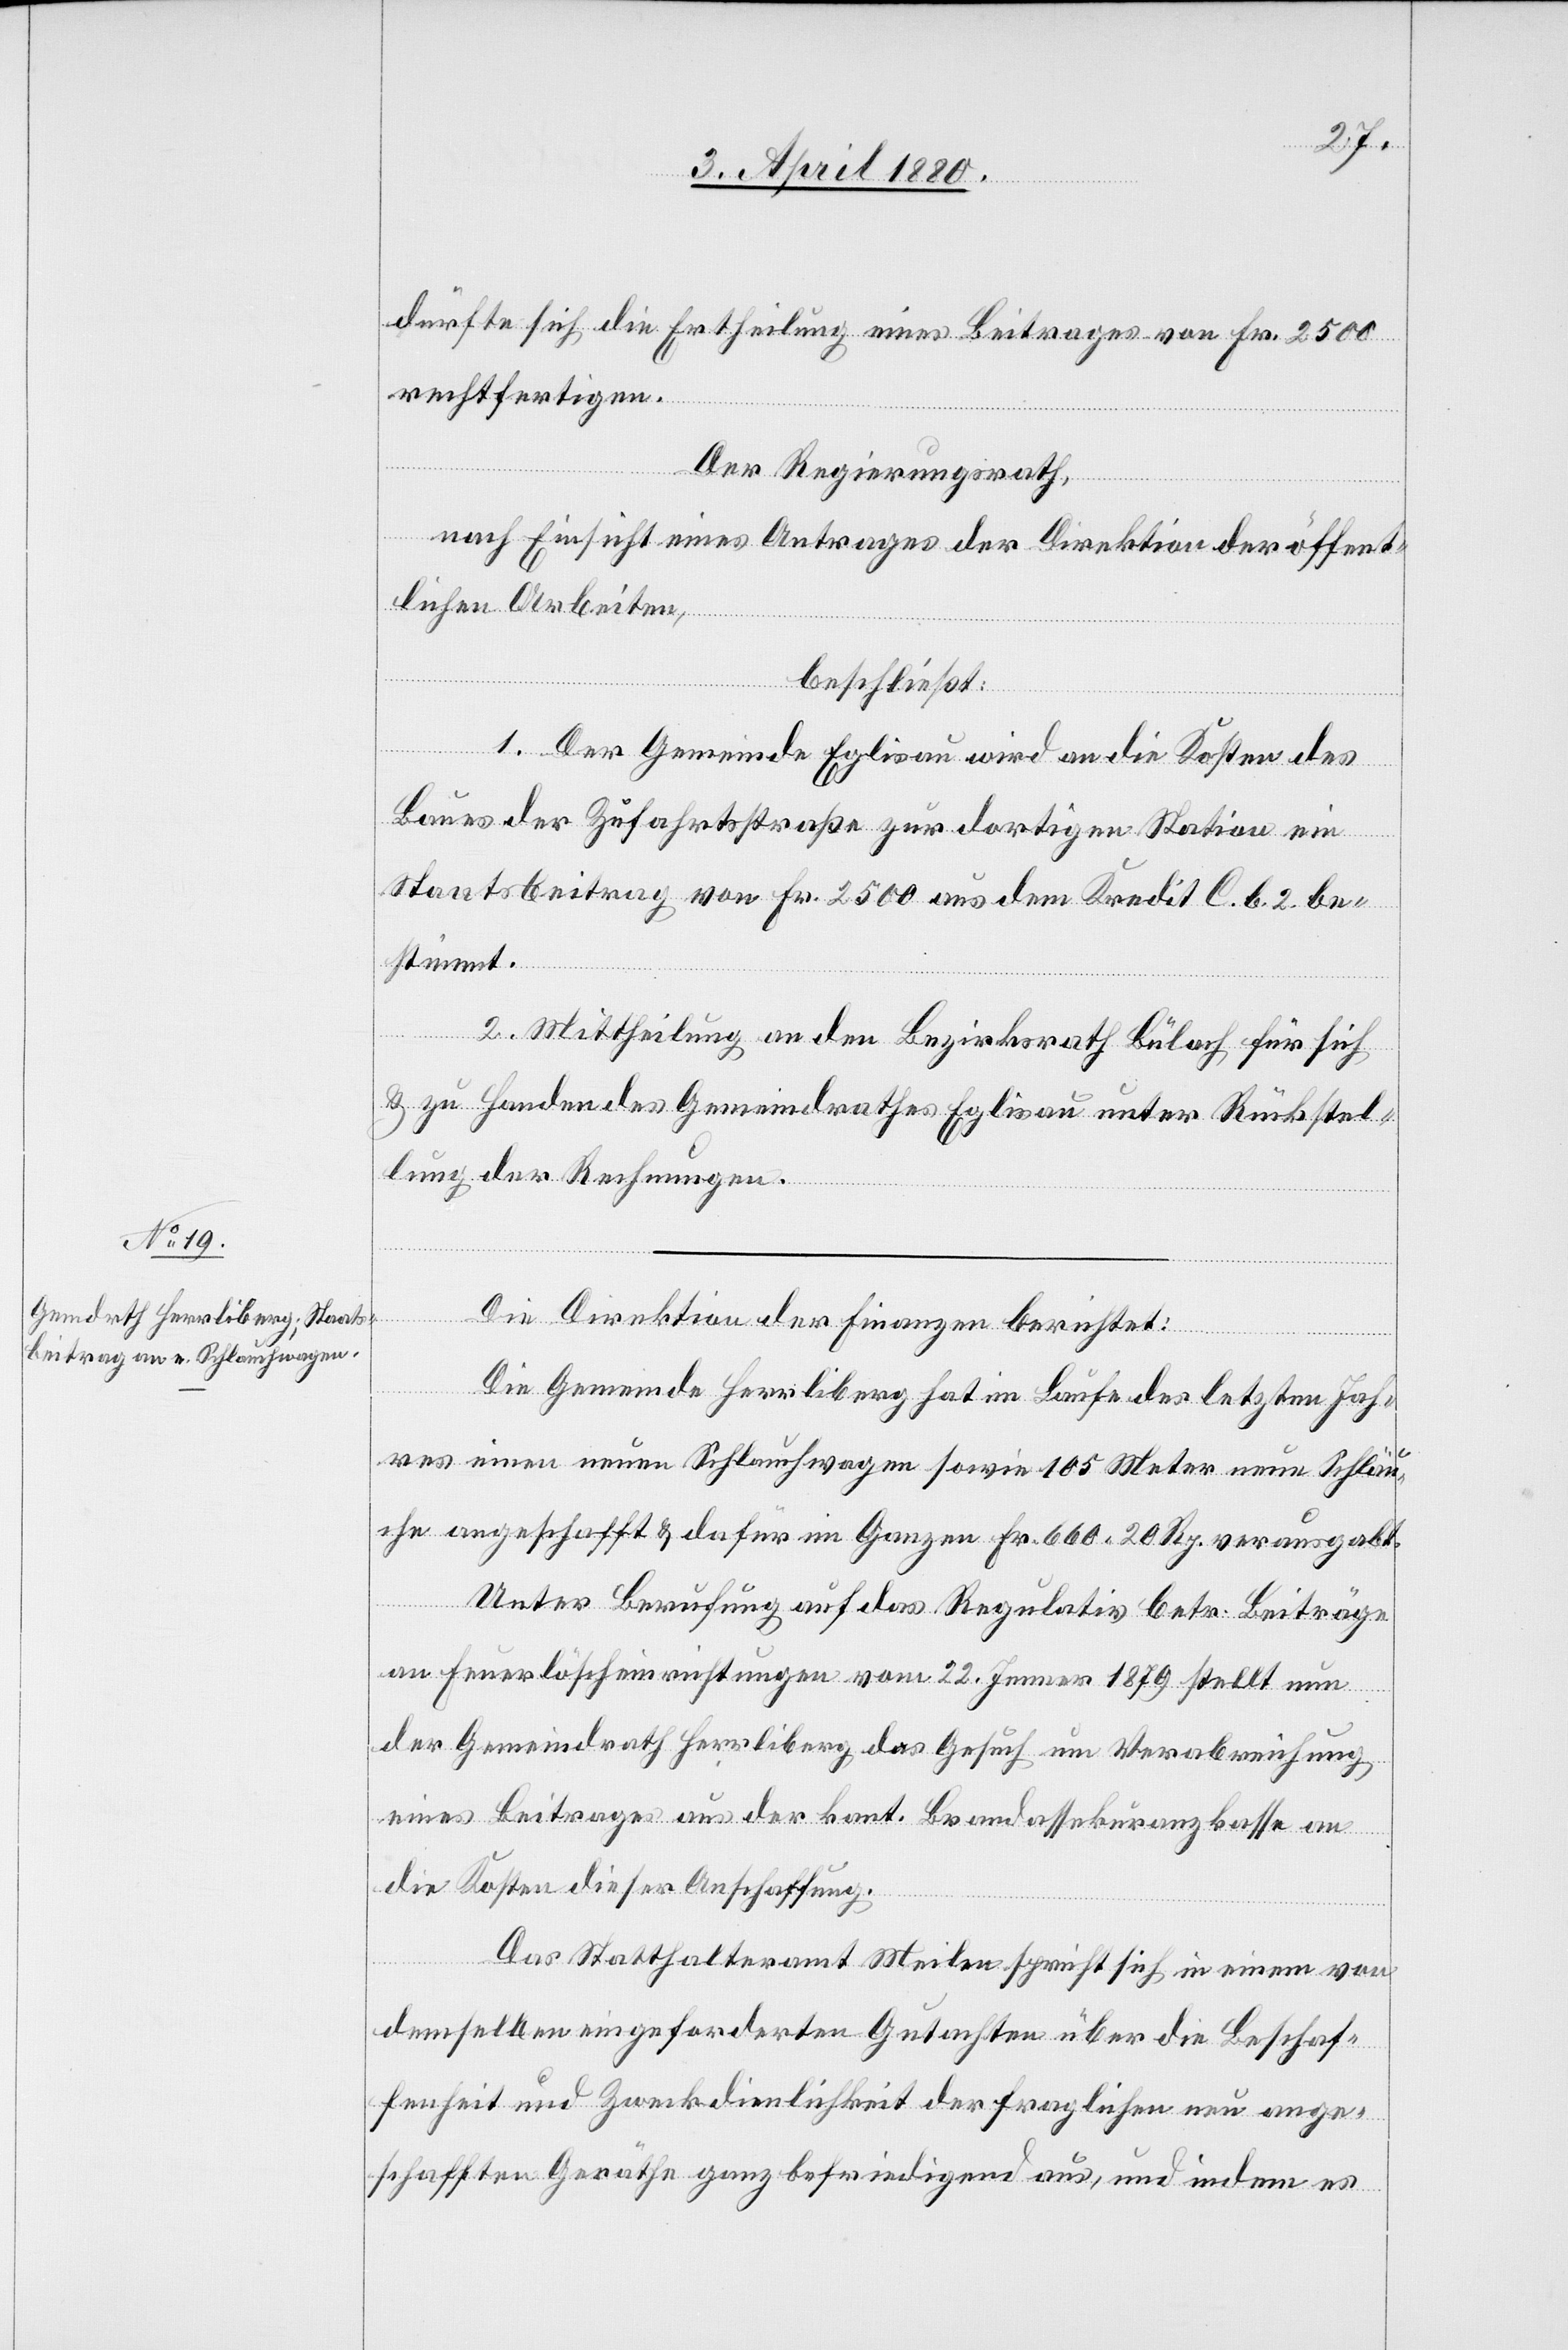
dürfte sich die Ertheilung eines Beitrages von Fr. 2500
rechtfertigen.
Der Regierungsrath;
nach Einsicht eines Antrages der Direktion der öffent¬
lichen Arbeiten,
beschließt:
1. Der Gemeinde Eglisau wird an die Kosten des
Baues der Zufahrtsstraße zur dortigen Station ein
Staatsbeitrag von Fr. 2500 aus dem Kredit C. b. 2. be¬
stimmt.
2. Mittheilung an den Bezirksrath Bülach, für sich
& zu Handen des Gemeindrathes Eglisau unter Rückstel¬
lung der Rechnungen.
Die Direktion der Finanzen berichtet:
Die Gemeinde Herrliberg hat im Laufe des letzten Jah¬
res einen neuen Schlauchwagen sowie 105 Meter neue Schläu¬
che angeschafft & dafür im Ganzen Fr. 600 20 Rp. verausgabt.
Unter Berufung auf das Regulativ betr. Beiträge
an Feuerlöscheinrichtungen vom 22. Jenner 1879 stellt nun
der Gemeindrath Herrliberg das Gesuch um Verabreichung
eines Beitrages aus der kant. Brandassekuranzkasse an
die Kosten dieser Anschaffung.
Das Statthalteramt Meilen spricht sich in einem von
demselben eingeforderten Gutachten über die Beschaf¬
fenheit und Zweckdienlichkeit der fraglichen neu ange¬
schafften Geräthe ganz befriedigend aus, und indem es